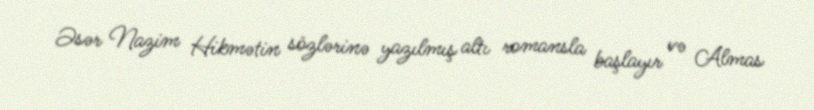
Əsər Nazim Hikmətin sözlərinə yazılmış altı romansla başlayır və Almas